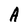
Character: A